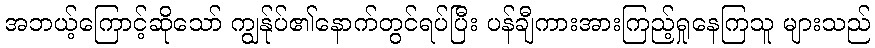
အဘယ့်ကြောင့်ဆိုသော် ကျွန်ုပ်၏နောက်တွင်ရပ်ပြီး ပန်ချီကားအားကြည့်ရှုနေကြသူ များသည်